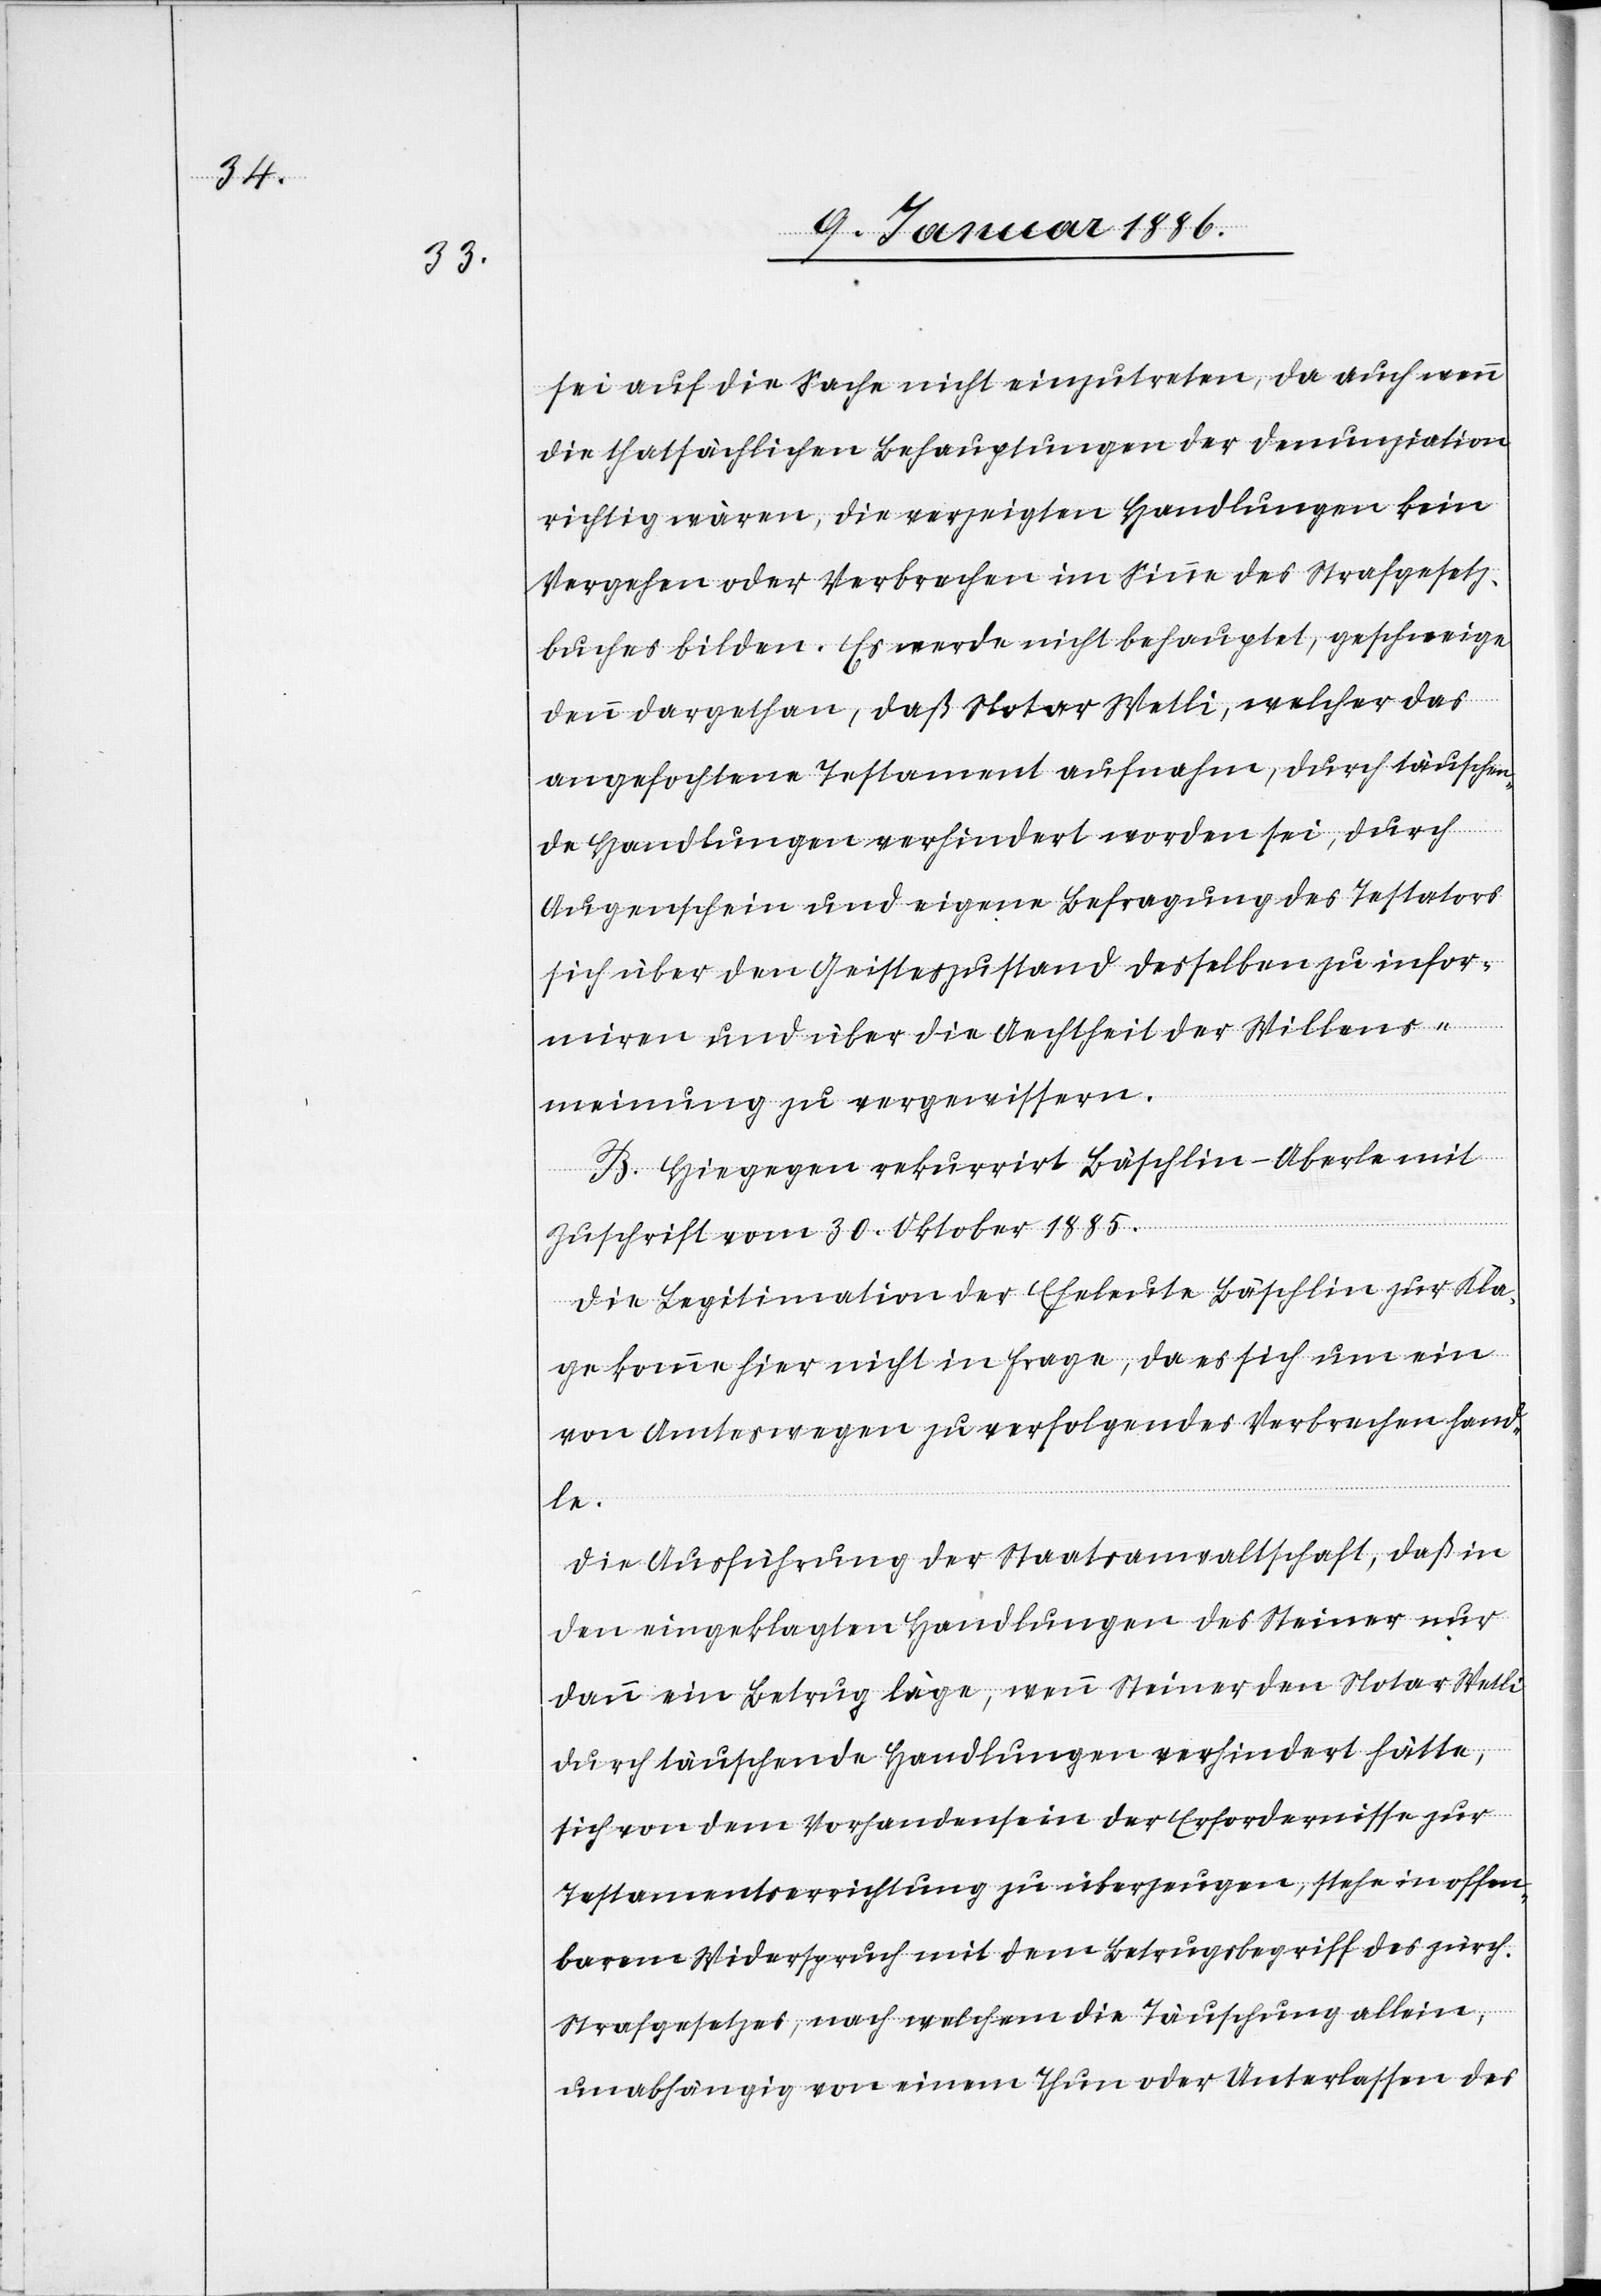
sei auf die Sache nicht einzutreten, da auch wenn
die thatsächlichen Behauptungen der Denunziation
richtig wären, die verzeigten Handlungen kein
Vergehen oder Verbrechen im Sinne des Strafgesetz¬
buches bilden. Es werde nicht behauptet, geschweige
denn dargethan, daß Notar Wetli, welcher das
angefochtene Testament aufnahm, durch täuschen¬
de Handlungen verhindert worden sei, durch
Augenschein und eigene Befragung des Testators
sich über den Geisteszustand desselben zu infor¬
mieren und über die Aechtheit der Willens¬
meinung zu vergewissern.
B. Hiegegen rekurrirt Bäschlin-Aberle mir
Zuschrift vom 30. Oktober 1885.
Die Legitimation der Eheleute Bäschlin zur Kla¬
ge komme hier nicht in Frage, da es sich um ein
von Amtswegen zu verfolgendes Verbrechen hand¬
le.
Die Ausführung der Staatsanwaltschaft, daß in
den eingeklagten Handlungen des Steiner nur
dann ein Betrug läge, wenn Steiner den Notar Wetli
durch täuschende Handlungen verhindert hätte,
sich von dem Vorhandensein der Erfordernisse zur
Testamentserrichtung zu überzeugen, stehe in offen¬
barem Widerspruch mit dem Betrugsbegriff des zürch.
Strafgesetzes, nach welchem die Täuschung allein,
unabhängig von einem Thun oder Unterlassen des